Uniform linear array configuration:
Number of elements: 16
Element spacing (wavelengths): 0.5
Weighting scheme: cosine
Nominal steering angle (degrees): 45
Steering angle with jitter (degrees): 43.309
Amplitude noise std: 0.05
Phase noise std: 0.05

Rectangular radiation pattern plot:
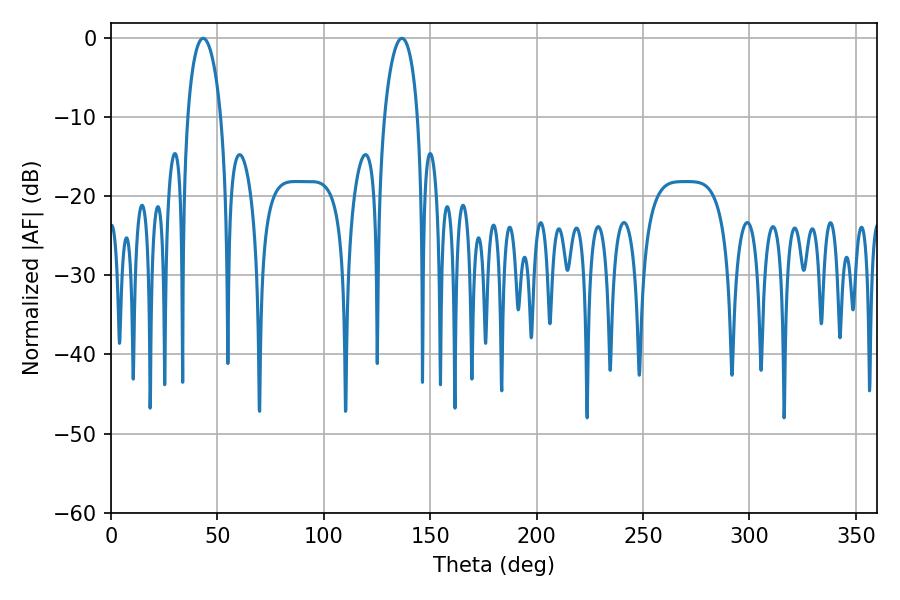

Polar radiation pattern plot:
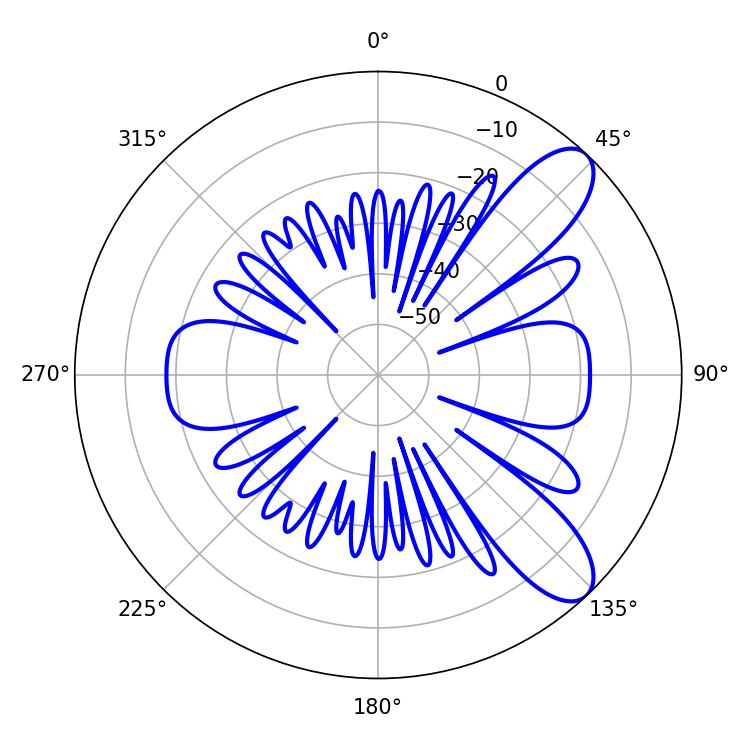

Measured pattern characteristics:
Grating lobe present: FALSE
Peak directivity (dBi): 9.348
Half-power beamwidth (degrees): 8.82
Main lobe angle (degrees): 43.38